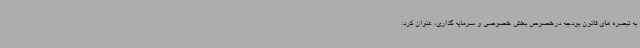
به تبصره های قانون بودجه درخصوص بخش خصوصی و سرمایه گذاری، عنوان کرد: